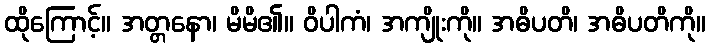
ထိုကြောင့်။ အတ္တနော၊ မိမိ၏။ ဝိပါကံ၊ အကျိုးကို။ အဓိပတိ၊ အဓိပတိကို။